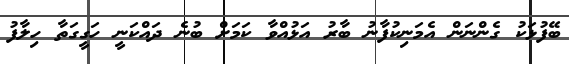
ބޭފުޅަކު ގެންނަން އެމަނިކުފާނު ބާރު އަޅުއްވާ ކަމަށް ބުނެ ދައްކަނީ ހަގީގަތާ ހިލާފު